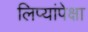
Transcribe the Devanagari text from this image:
लिप्यांपेक्षा